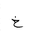
Letter: _kha